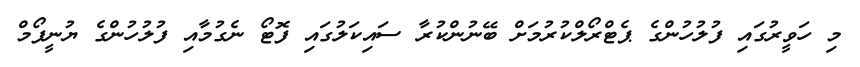
މި ހަވީރުގައި ފުލުހުންގެ ޕެޓްރޯލްކުރުމަށް ބޭނުންކުރާ ސައިކަލުގައި ފޮޓޯ ނެގުމާއި ފުލުހުންގެ ޔުނީފޯމް